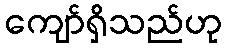
ကျော်ရှိသည်ဟု